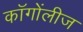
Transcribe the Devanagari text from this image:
कॉगोंलीज